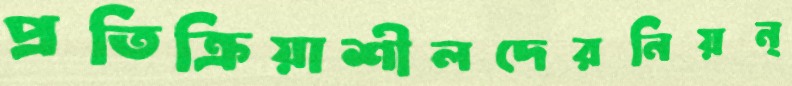
প্রতিক্রিয়াশীলদেরনিয়ন্